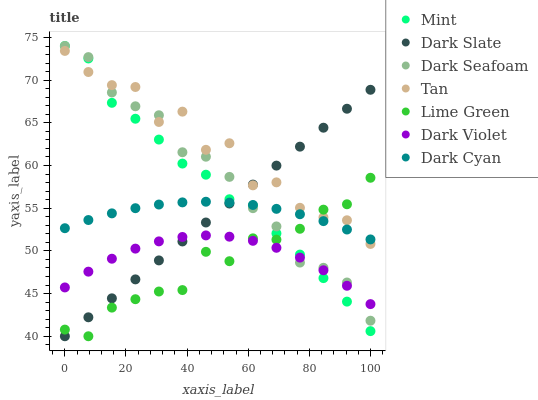
| xaxis_label | Mint | Dark Slate | Dark Seafoam | Tan | Lime Green | Dark Violet | Dark Cyan |
 | --- | --- | --- | --- | --- | --- | --- | --- |
 | 0 | 74 | 40 | 74 | 73.4 | 40.8 | 45.7 | 52.7 |
 | 7.69 | 72.5 | 42.2 | 72.7 | 71 | 40 | 47.6 | 53.6 |
 | 15.4 | 67.3 | 44.4 | 68.6 | 69.4 | 43.4 | 49.1 | 54.4 |
 | 23.1 | 65.5 | 46.7 | 66.9 | 69.2 | 44.3 | 50.3 | 55 |
 | 30.8 | 63 | 48.9 | 65.9 | 65.1 | 45.2 | 51.1 | 55.4 |
 | 38.5 | 60.2 | 51.1 | 61.6 | 66.3 | 45.4 | 51.6 | 55.7 |
 | 46.2 | 58.9 | 53.3 | 61 | 61.8 | 49.9 | 51.8 | 55.8 |
 | 53.8 | 56.1 | 55.5 | 58.7 | 62.6 | 48.8 | 51.7 | 55.7 |
 | 61.5 | 55.3 | 57.8 | 55 | 57.7 | 51.5 | 51.2 | 55.4 |
 | 69.2 | 52 | 60 | 52.9 | 58 | 51.3 | 50.4 | 54.9 |
 | 76.9 | 49.6 | 62.2 | 48.6 | 55 | 52.6 | 49.2 | 54.3 |
 | 84.6 | 46.8 | 64.4 | 48 | 53.9 | 54.8 | 47.7 | 53.5 |
 | 92.3 | 44.1 | 66.7 | 46.3 | 53.6 | 55.5 | 45.9 | 52.5 |
 | 100 | 40.6 | 68.9 | 41.8 | 50.8 | 58.6 | 43.8 | 51.3 |